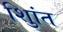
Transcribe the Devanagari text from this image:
शुिांत